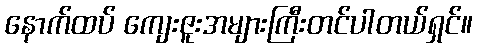
နောက်ထပ် ကျေးဇူးအများကြီးတင်ပါတယ်ရှင်။